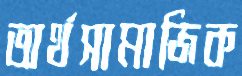
অর্থসামাজিক